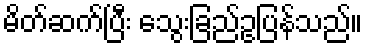
မိတ်ဆက်ပြီး သွေးခြည်ဥပြန်သည်။